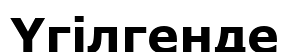
Үгілгенде